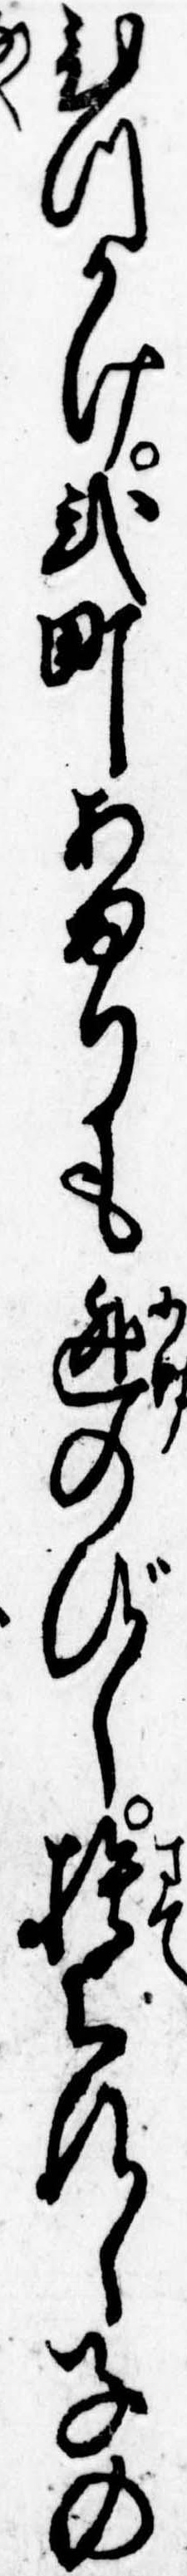
ひつかけ弐町あまりも逃のびし捨られし子の